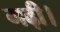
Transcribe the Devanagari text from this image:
गढ़ी।